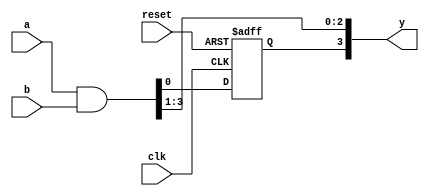
module simple_cpld (
    input wire clk,          // Global clock signal
    input wire reset,        // Global reset signal
    input wire [3:0] a,      // Input to the logic block
    input wire [3:0] b,      // Another input to the logic block
    output reg [3:0] y       // Output from the logic block
);

// Logic Block 1
reg [3:0] lut1; // LUT for logic block 1
reg ff1;        // Flip-flop for sequential logic

// Combinational Logic (Example: 4-input AND)
always @(*) begin
    lut1 = a & b; // Simple AND operation for LUT
end

// Sequential Logic (Flip-Flop with synchronous reset)
always @(posedge clk or posedge reset) begin
    if (reset) begin
        ff1 <= 1'b0; // Reset flip-flop
    end else begin
        ff1 <= lut1[0]; // Store the output of LUT into flip-flop
    end
end

// Connect output considering interconnect matrix
always @(*) begin
    y = {ff1, lut1[3:1]}; // Output from the flip-flop and LUT
end

endmodule